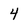
Character: 4